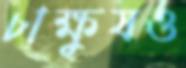
চাক্ষুষও